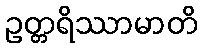
ဥတ္တရိဿာမာတိ